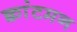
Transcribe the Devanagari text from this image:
क्वांटमन